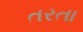
તરતા